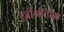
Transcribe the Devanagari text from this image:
स्त्रीगीतांना